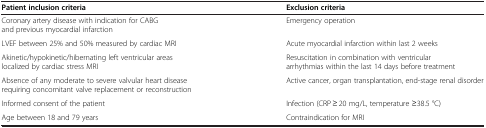
<table><thead><tr><td><b>Patient inclusion criteria</b></td><td><b>Exclusion criteria</b></td></tr></thead><tbody><tr><td>Coronary artery disease with indication for CABG and previous myocardial infarction</td><td>Emergency operation</td></tr><tr><td>LVEF between 25% and 50% measured by cardiac MRI</td><td>Acute myocardial infarction within last 2 weeks</td></tr><tr><td>Akinetic/hypokinetic/hibernating left ventricular areas localized by cardiac stress MRI</td><td>Resuscitation in combination with ventricular arrhythmias within the last 14 days before treatment</td></tr><tr><td>Absence of any moderate to severe valvular heart disease requiring concomitant valve replacement or reconstruction</td><td>Active cancer, organ transplantation, end-stage renal disorder</td></tr><tr><td>Informed consent of the patient</td><td>Infection (CRP ≥ 20 mg/L, temperature ≥38.5 °C)</td></tr><tr><td>Age between 18 and 79 years</td><td>Contraindication for MRI</td></tr></tbody></table>